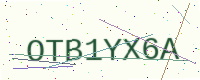
Text: OTB1YX6A